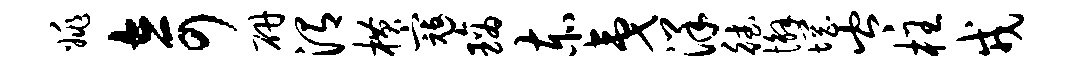
姚奇研渭横寇璃赤夷洋德懈惘岑枉戎